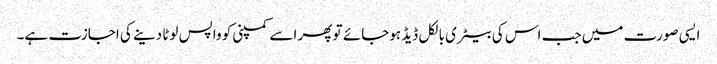
ایسی صورت میں جب اس کی بیٹری بالکل ڈیڈ ہوجائے تو پھر اسے کمپنی کو واپس لوٹا دینے کی اجازت ہے۔